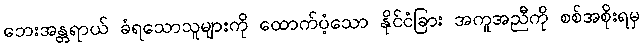
ဘေးအန္တရာယ် ခံရသောသူများကို ထောက်ပံ့သော နိုင်ငံခြား အကူအညီကို စစ်အစိုးရမှ